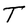
Character: T